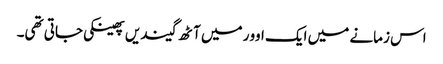
اس زمانے میں ایک اوور میں آٹھ گیندیں پھینکی جاتی تھی۔